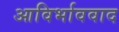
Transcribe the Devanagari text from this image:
आविर्भाववाद